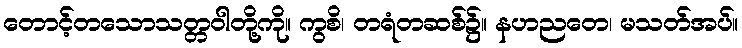
တောင့်တသောသတ္တဝါတို့ကို။ ကွစိ၊ တရံတဆစ်၌။ နဟညတေ၊ မသတ်အပ်။